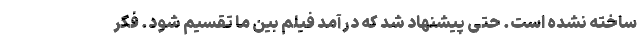
ساخته نشده است. حتی پیشنهاد شد که درآمد فیلم بین ما تقسیم شود. فکر